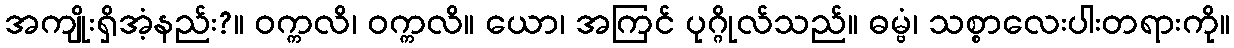
အကျိုးရှိအံ့နည်း?။ ဝက္ကလိ၊ ဝက္ကလိ။ ယော၊ အကြင် ပုဂ္ဂိုလ်သည်။ ဓမ္ဗံ၊ သစ္စာလေးပါးတရားကို။